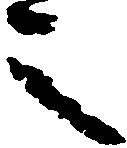
之